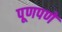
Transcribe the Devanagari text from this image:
पूणपणे